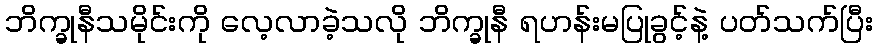
ဘိက္ခုနီသမိုင်းကို လေ့လာခဲ့သလို ဘိက္ခုနီ ရဟန်းမပြုခွင့်နဲ့ ပတ်သက်ပြီး